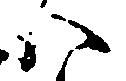
八